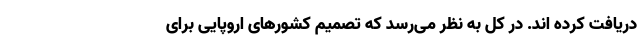
دریافت کرده اند. در کل به نظر می‌رسد که تصمیم کشورهای اروپایی برای